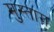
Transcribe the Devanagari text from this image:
मुस्ताग़